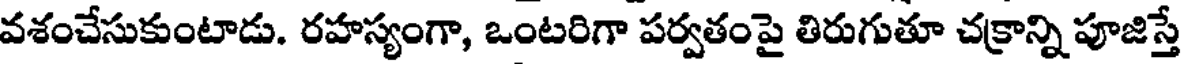
వశంచేసుకుంటాడు. రహస్యంగా, ఒంటరిగా పర్వతంపై తిరుగుతూ చక్రాన్ని పూజిస్తే